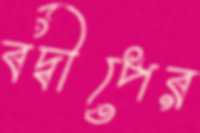
বদ্বীপের